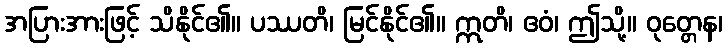
အပြားအားဖြင့် သိနိုင်၏။ ပဿတိ၊ မြင်နိုင်၏။ ဣတိ၊ ဧဝံ၊ ဤသို့။ ဝုတ္တေန၊